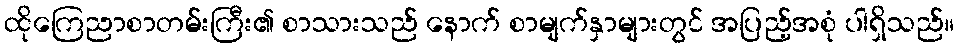
ထိုကြေညာစာတမ်းကြီး၏ စာသားသည် နောက် စာမျက်နှာများတွင် အပြည့်အစုံ ပါရှိသည်။